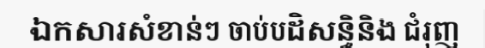
ឯកសារសំខាន់ៗ ចាប់បដិសន្ធិនិង ជំរុញ